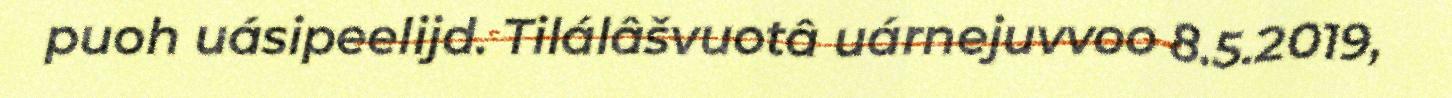
puoh uásipeelijd. Tilálâšvuotâ uárnejuvvoo 8.5.2019,